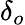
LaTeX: \delta_{o}